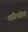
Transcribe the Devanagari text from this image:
याविषयीच्या